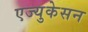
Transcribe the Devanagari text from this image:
एज्युकेसन